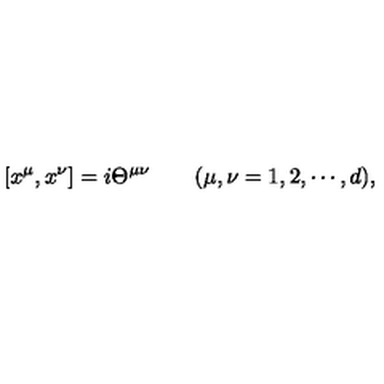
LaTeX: [ x ^ { \mu } , x ^ { \nu } ] = i \Theta ^ { \mu \nu } \qquad ( \mu , \nu = 1 , 2 , \cdots , d ) ,